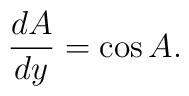
{d A \over dy}=  \cos A.